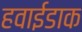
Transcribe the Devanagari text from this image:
हवाईडाक